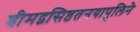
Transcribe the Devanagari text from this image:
श्रीमद्वसिष्ठतनयापुलिने